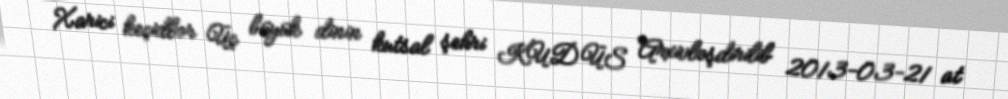
Xarici keçidlər Üç büyük dinin kutsal şehri KUDÜS Arxivləşdirilib 2013-03-21 at